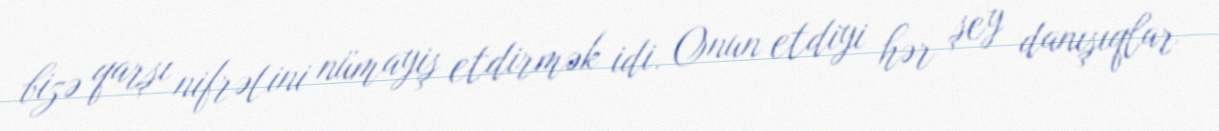
bizə qarşı nifrətini nümayiş etdirmək idi. Onun etdiyi hər şey danışıqlar